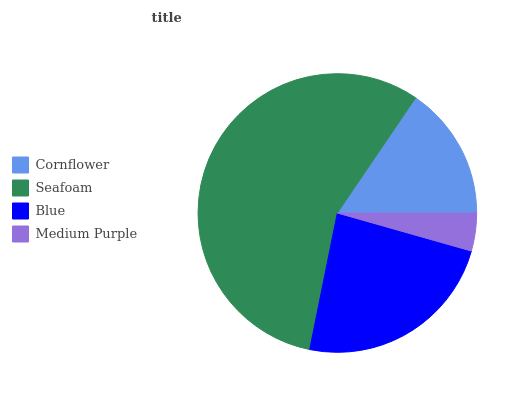
| Cornflower | Seafoam | Blue | Medium Purple |
 | --- | --- | --- | --- |
 | 15.5% | 56.4% | 23.7% | 4.39% |